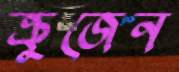
ক্রুজেন